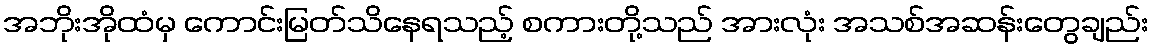
အဘိုးအိုထံမှ ကောင်းမြတ်သိနေရသည့် စကားတို့သည် အားလုံး အသစ်အဆန်းတွေချည်း